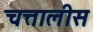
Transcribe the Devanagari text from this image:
चत्तालीस